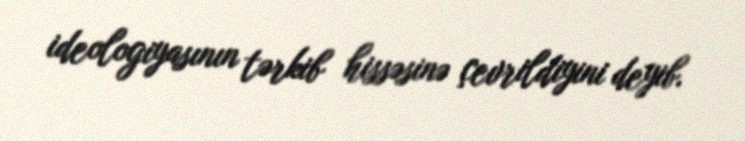
ideologiyasının tərkib hissəsinə çevrildiyini deyib.